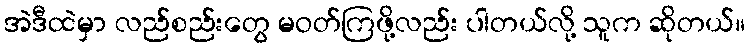
အဲဒီထဲမှာ လည်စည်းတွေ မဝတ်ကြဖို့လည်း ပါတယ်လို့ သူက ဆိုတယ်။